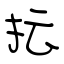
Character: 抎